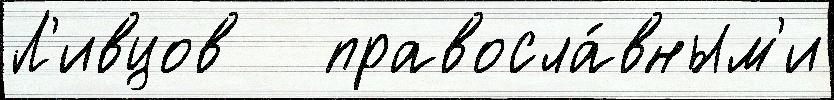
Л'ивцов   правосла́вным'и